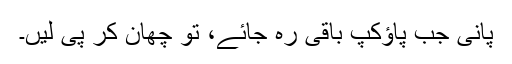
پانی جب پاؤکپ باقی رہ جائے، تو چھان کر پی لیں۔